Code of medical and sanitary regulations for the guidance of medical officers serving in the Madras Presidency - Volume II
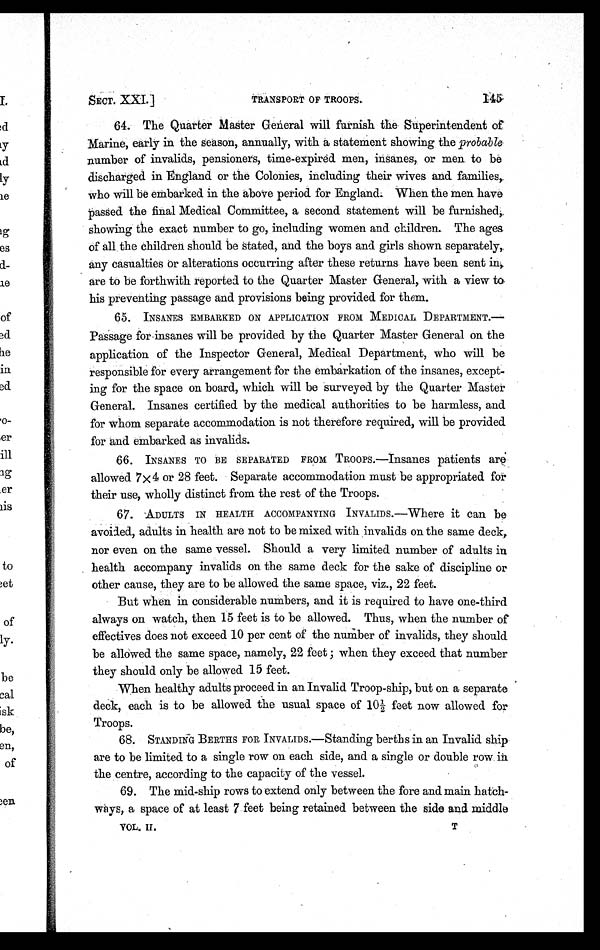
TRANSPORT OF TROOPS.
SECT. XXI.]
64. The Quarter Master General will furnish the Superintendent of
Marine, early in the season, annually, with a statement showing the probable
number of invalids, pensioners, time-expired men, insanes, or men to be
discharged in England or the Colonies, including their wives and families,
who will be embarked in the above period for England. When the men have
passed the final Medical Committee, a second statement will be furnished,.
showing the exact number to go, including women and children. The ages
of all the Children should be Stated, and the boys and girls shown separately,.
any casualties or alterations occurring after these returns have been sent in,.
are to be forthwith reported to the Quarter Master General, with a view to,
his preventing passage and provisions being provided for them.
65. INSANES EMBARKED ON APPLICATION FROM MEDICAL DEPARTMENT.—
Passage for insanes will be provided by the Quarter Master General on the
application of the Inspector General, Medical Department, who will be
responsible for every arrangement for the embarkation of the insanes, except-
ing for the space on board, which will be surveyed by the Quarter Master
General. Insanes certified by the medical authorities to be harmless, and
for whom separate accommodation is not therefore required, will be provided
for and embarked as invalids.
66. INSANES TO BE SEPARATED FROM TROOPS.—Insanes patients are
allowed 7x4 or 28 feet. Separate accommodation must be appropriated for
their use, wholly distinct from the rest of the Troops.
67. ADULTS IN HEALTH ACCOMPANYING INVALIDS.—Where it can be
avoided, adults in health are not to be mixed with invalids on the same deck,
nor even on the same vessel. Should a very limited number of adults in
health accompany invalids on the same deck for the sake of discipline or
other cause, they are to be allowed the same space, viz., 22 feet.
But when in considerable numbers, and it is required to have one-third
always on watch, then 15 feet is to be allowed. Thus, when the number of
effectives does not exceed 10 per cent of the number of invalids, they should
be allowed the same space, namely, 22 feet ; when they exceed that number
they should only be allowed 15 feet.
When healthy adults proceed in an Invalid Troop-ship, but on a separate
deck, each is to be allowed the usual space of 10½ feet now allowed for
Troops.
68. STANDING BERTHS FOR INVALIDS.—Standing berths in an Invalid ship
are to be limited to a single row on each side, and a single or double row in
the centre, according to the capacity of the vessel.
69. The mid-ship rows to extend only between the fore and main hatch-
ways, a space of at least 7 feet being retained between the side and. middle
VOL. II